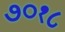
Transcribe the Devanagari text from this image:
७०१८